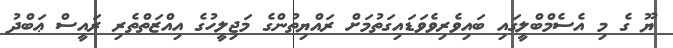
ޔޫ ގެ މި އެސެމްބްލީގައި ބައިވެރިވެވަޑައިގަތުމަށް ރައްޔިތުންގެ މަޖިލީހުގެ އިއްޒަތްތެރި ރައީސް ޢަބްދު